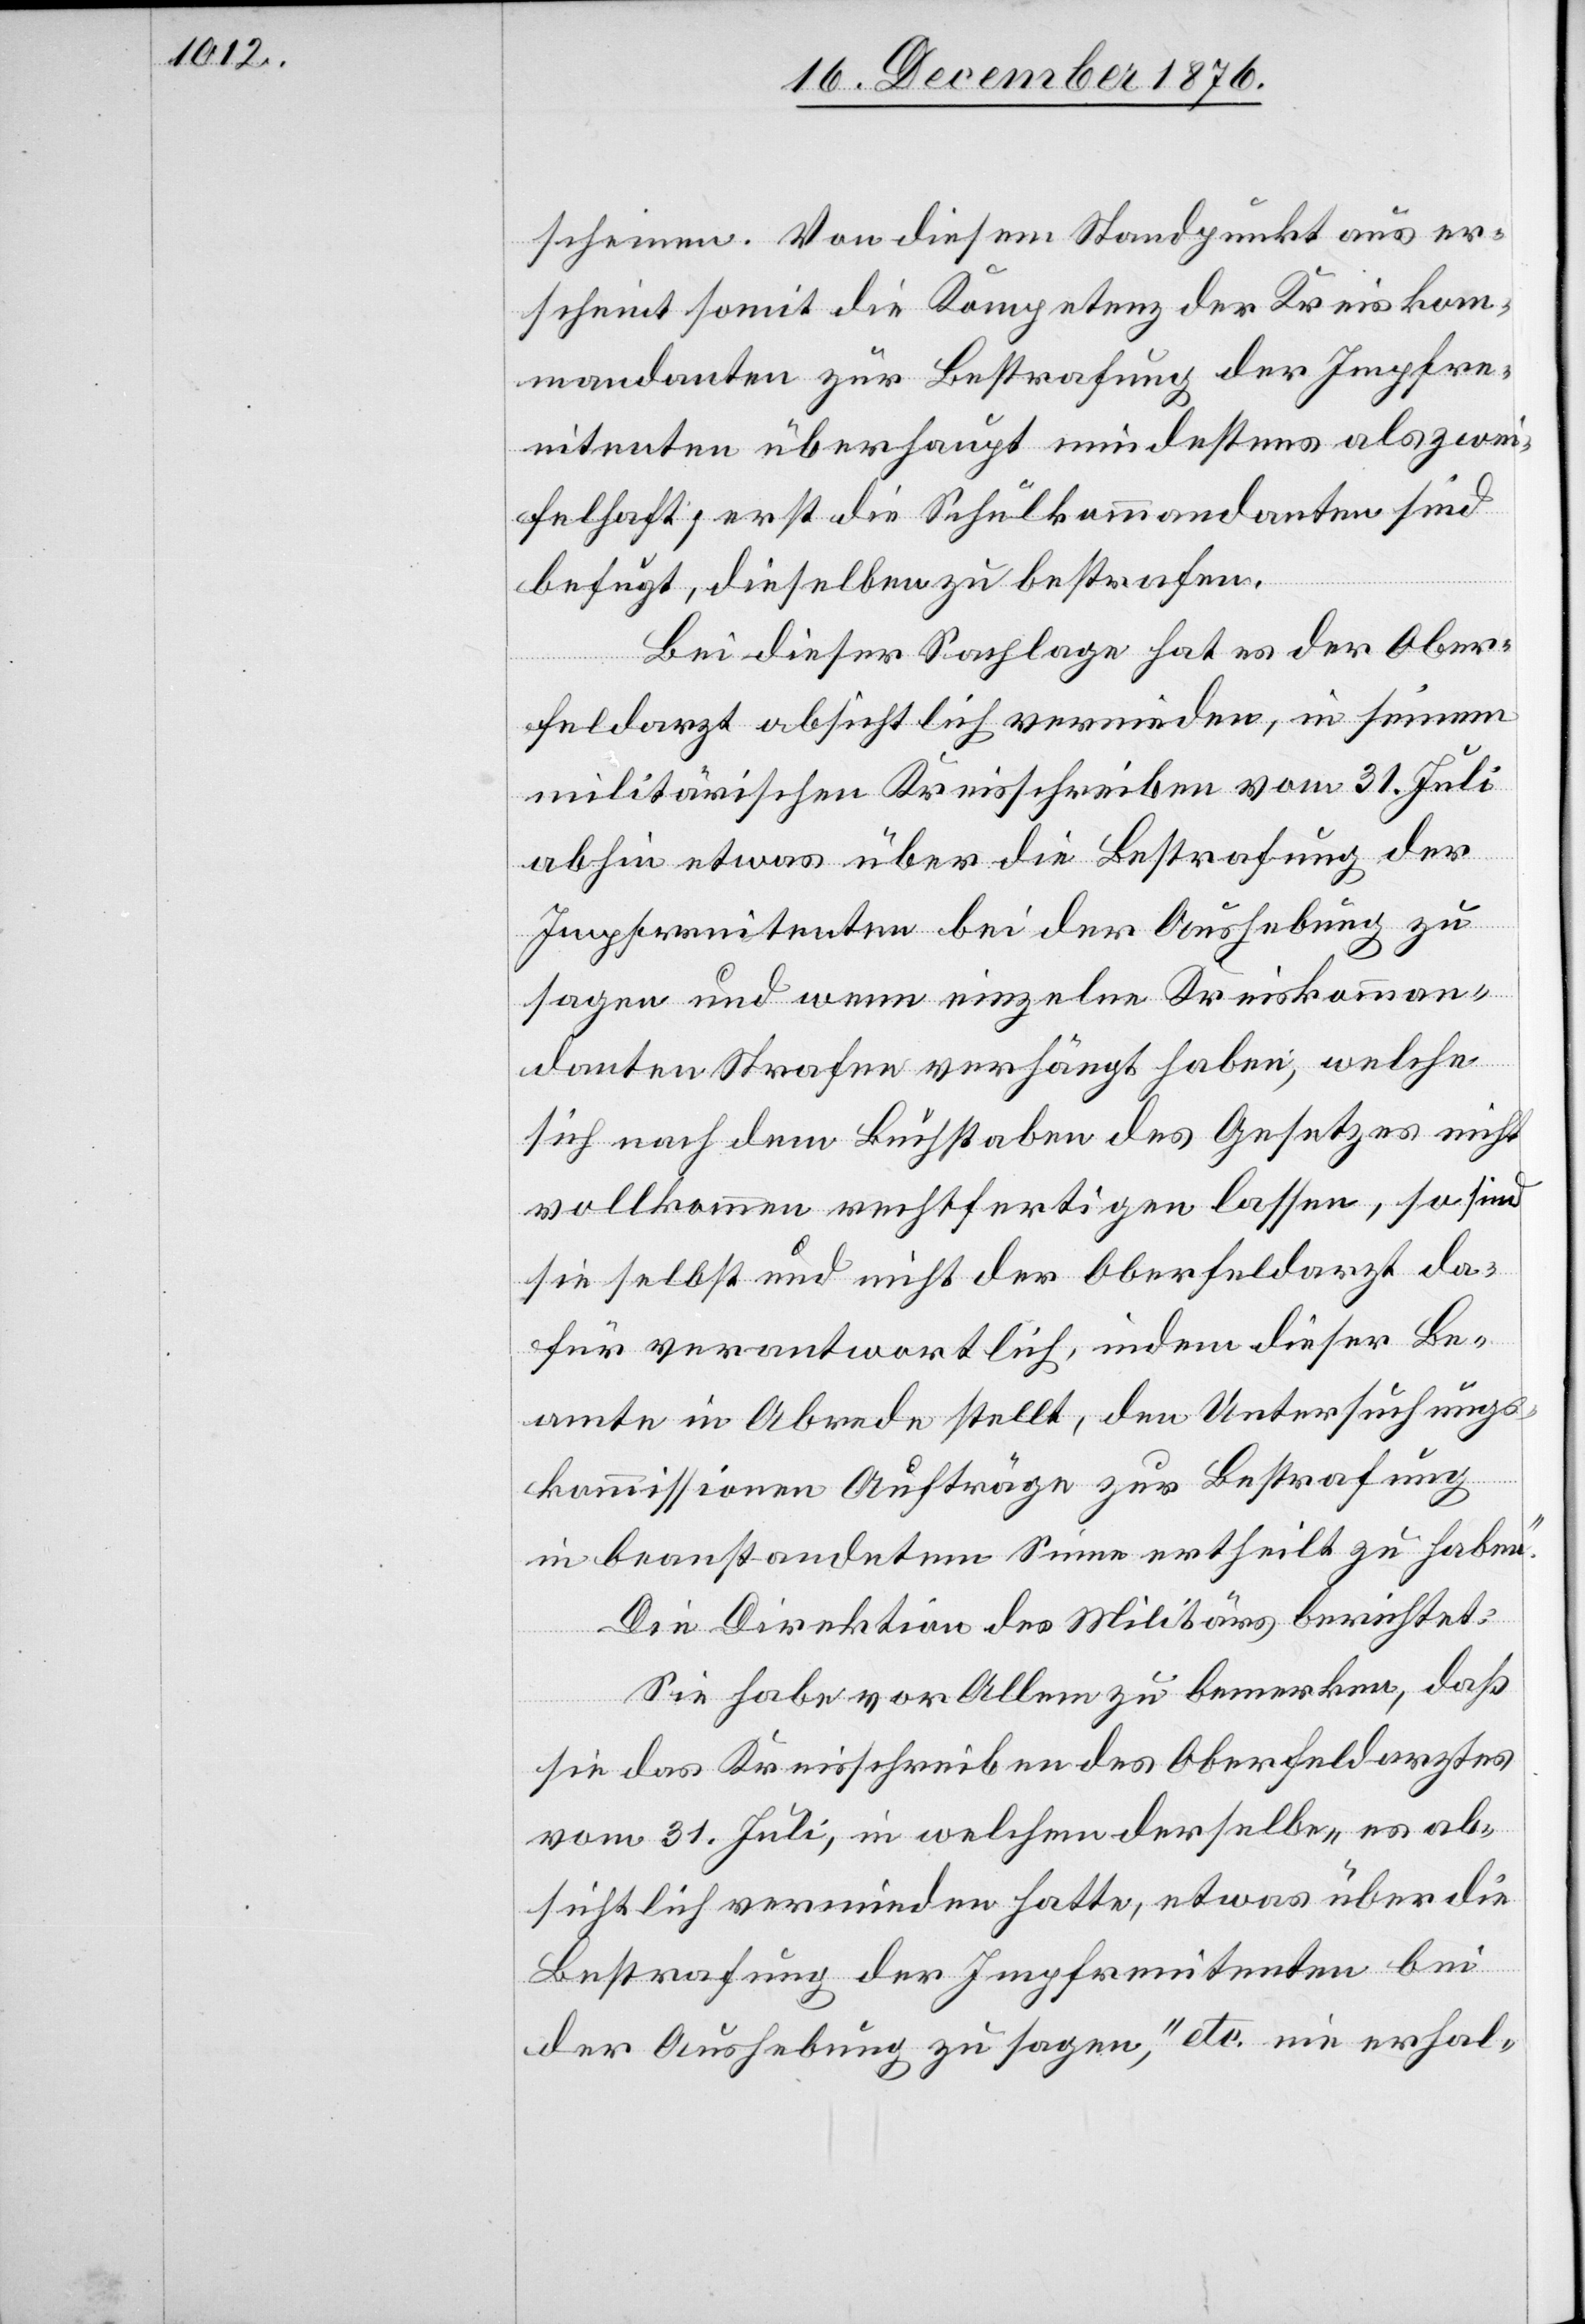
scheinen. Von diesem Standpunkt aus er¬
scheint somit die Kompetenz der Kreiskom¬
mandanten zur Bestrafung der Impfre¬
nitenten überhaupt mindestens als zwei¬
felhaft; erst die Schulkommandanten sind
befugt, dieselben zu bestrafen.
Bei dieser Sachlage hat es der Ober¬
feldarzt absichtlich vermieden, in seinem
militärischen Kreisschreiben vom 31. Juli
abhin etwas über die Bestrafung der
Impfrenitenten bei der Aushebung zu
sagen und wenn einzelne Kreiskomman¬
danten Strafen verhängt haben, welche
sich nach dem Buchstaben des Gesetzes nicht
vollkommen rechtfertigen lassen, so sind
sie selbst und nicht der Oberfeldarzt da¬
für verantwortlich, indem dieser Be¬
amte in Abrede stellt, den Untersuchungs¬
kommissionen Aufträge zur Bestrafung
in beanstandetem Sinne ertheilt zu haben.“
Die Direktion des Militärs berichtet:
Sie habe vor Allem zu bemerken, daß
sie das Kreisschreiben des Oberfeldarztes
vom 31. Juli, in welchem derselbe „es ab¬
sichtlich vermieden hatte, etwas über die
Bestrafung der Impfrenitenten bei
der Ausgebung zu sagen“ etc. nie erhal-